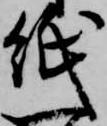
紙